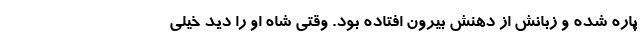
پاره شده و زبانش از دهنش بیرون افتاده بود. وقتی شاه او را دید خیلی